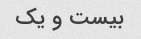
بیست و یک